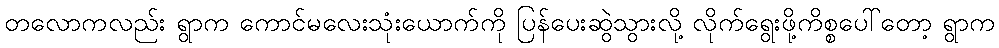
တလောကလည်း ရွာက ကောင်မလေးသုံးယောက်ကို ပြန်ပေးဆွဲသွားလို့ လိုက်ရွေးဖို့ကိစ္စပေါ်တော့ ရွာက